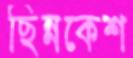
ছিন্নকেশ